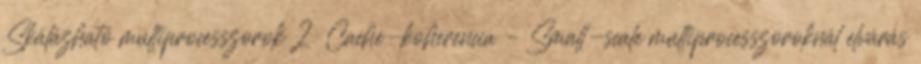
Skálázható multiprocesszorok 2 ● Cache-koherencia – Small-scale multiprocesszoroknál elvárás